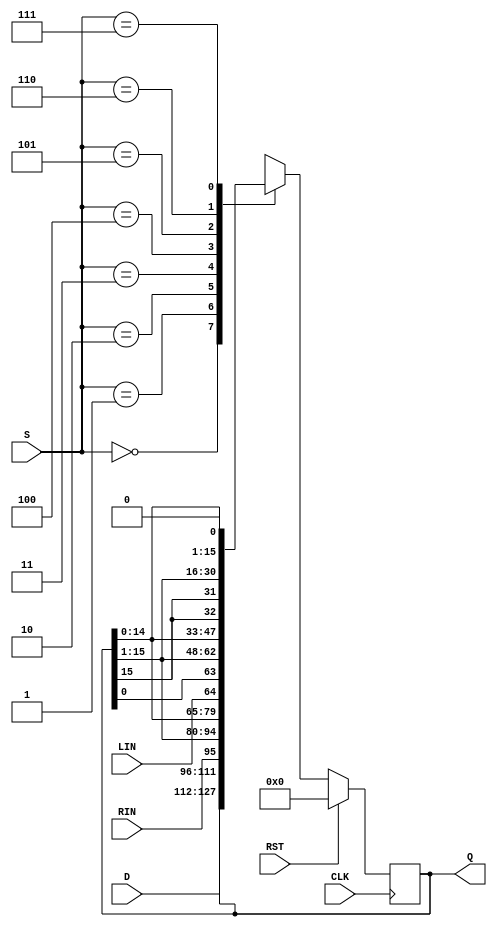
module Vrshftreg (CLK, RST, RIN, LIN, S, D, Q);
  parameter DATA_WIDTH = 16;
  input CLK, RST, RIN, LIN;
  input [2:0] S;
  input [(DATA_WIDTH-1):0] D;
  output [(DATA_WIDTH-1):0] Q;
  reg [(DATA_WIDTH-1):0] Q; 

  always @ (posedge CLK)
    if (RST == 1) Q <= 0;
    else case (S)
      0: Q <= Q;               // Hold 
      1: Q <= D;               // Load
      2: Q <= {RIN, Q[(DATA_WIDTH-1):1]};   // Shift right
      3: Q <= {Q[(DATA_WIDTH-2):0], LIN};   // Shift left
      4: Q <= {Q[0], Q[(DATA_WIDTH-1):1]};  // Shift circular right
      5: Q <= {Q[(DATA_WIDTH-2):0], Q[(DATA_WIDTH-1)]};  // Shift circular left
      6: Q <= {Q[(DATA_WIDTH-1)], Q[(DATA_WIDTH-1):1]};  // Shift arithmetic right
      7: Q <= {Q[(DATA_WIDTH-2):0], 1'b0};  // Shift arithmetic left
      default Q <= 15'bx;	      // should not occur
      endcase
endmodule